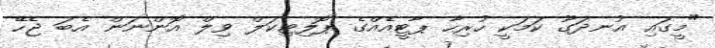
"މީގައި އުނދަގޫ ކަމަކީ ހުރިހާ ޕާޓީއެއްގެ ޕޮލިޓިކަލް ވިލް އޮންނަން އެބަ ޖެހޭ